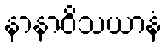
နာနာဝိသယာနံ